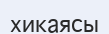
хикаясы